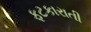
ફટકારાતી